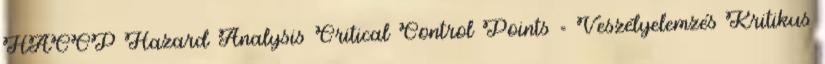
HACCP Hazard Analysis Critical Control Points = Veszélyelemzés Kritikus